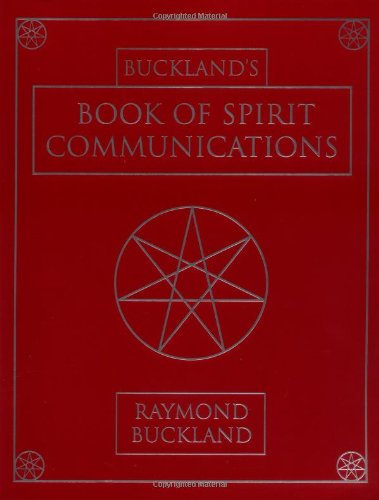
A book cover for Buckland's Book of Spirit Communications; Raymond Buckland; Religion & Spirituality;